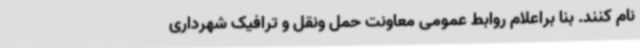
نام کنند. بنا براعلام روابط عمومی معاونت حمل ونقل و ترافیک شهرداری